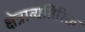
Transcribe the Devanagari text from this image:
क्षेत्राव्यतिरिक्त